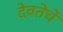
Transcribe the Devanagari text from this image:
देवतेचें